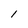
Character: 1